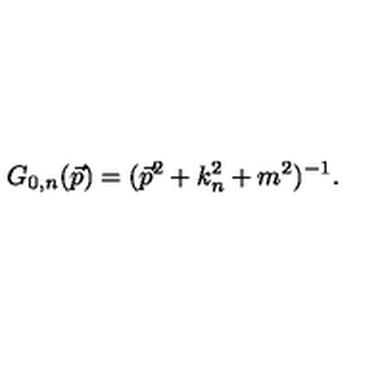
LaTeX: G _ { 0 , n } ( \vec { p } ) = ( \vec { p } ^ { 2 } + k _ { n } ^ { 2 } + m ^ { 2 } ) ^ { - 1 } .